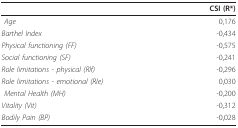
|  | CSI (R*) |
 | --- | --- |
 | Age | 0,176 |
 | Barthel Index | -0,434 |
 | Physical functioning (FF) | -0,575 |
 | Social functioning (SF) | -0,241 |
 | Role limitations - physical (Rlf) | -0,296 |
 | Role limitations - emotional (Rle) | 0,030 |
 | Mental Health (MH) | -0,200 |
 | Vitality (Vit) | -0,312 |
 | Bodily Pain (BP) | -0,028 |